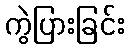
ကွဲပြားခြင်း